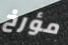
مؤرخ